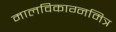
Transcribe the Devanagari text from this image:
मालविकाग्नमित्र